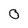
Character: 0